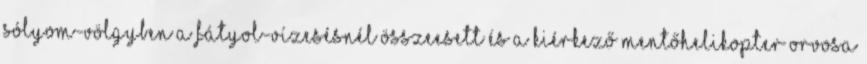
Sólyom-völgyben a Fátyol-vízesésnél összeesett és a kiérkező mentőhelikopter orvosa